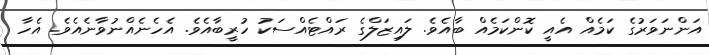
އަންނަވަރުގެ ކަމެއް އެއީ ކޮންކަމެއް ބާއެވެ. ލައިޒަލްގެ ރައްޓެއްސަކު ހުރީބާއެވެ. އެހެނެއްނުވާނެއެވެ. އެހާ